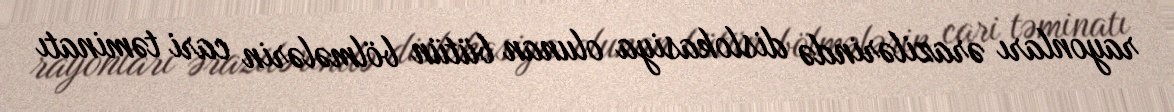
rayonları ərazilərində dislokasiya olunan bütün bölmələrin cari təminatı